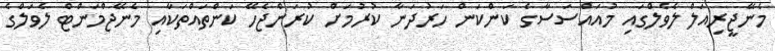
މެނޭޖީރިއަލް ލެވެލްގައި މުއައްސަސާގެ ކަންކަން ހަރުދަނާ ކުރުމަށް ކުރަންޖެހޭ ކަންތައްތަކާއި މެނޭޖްމަންޓް ލެވަލްގެ